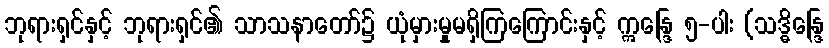
ဘုရားရှင်နှင့် ဘုရားရှင်၏ သာသနာတော်၌ ယုံမှားမှုမရှိကြကြောင်းနှင့် ဣန္ဒြေ ၅-ပါး (သဒ္ဓိန္ဒြေ